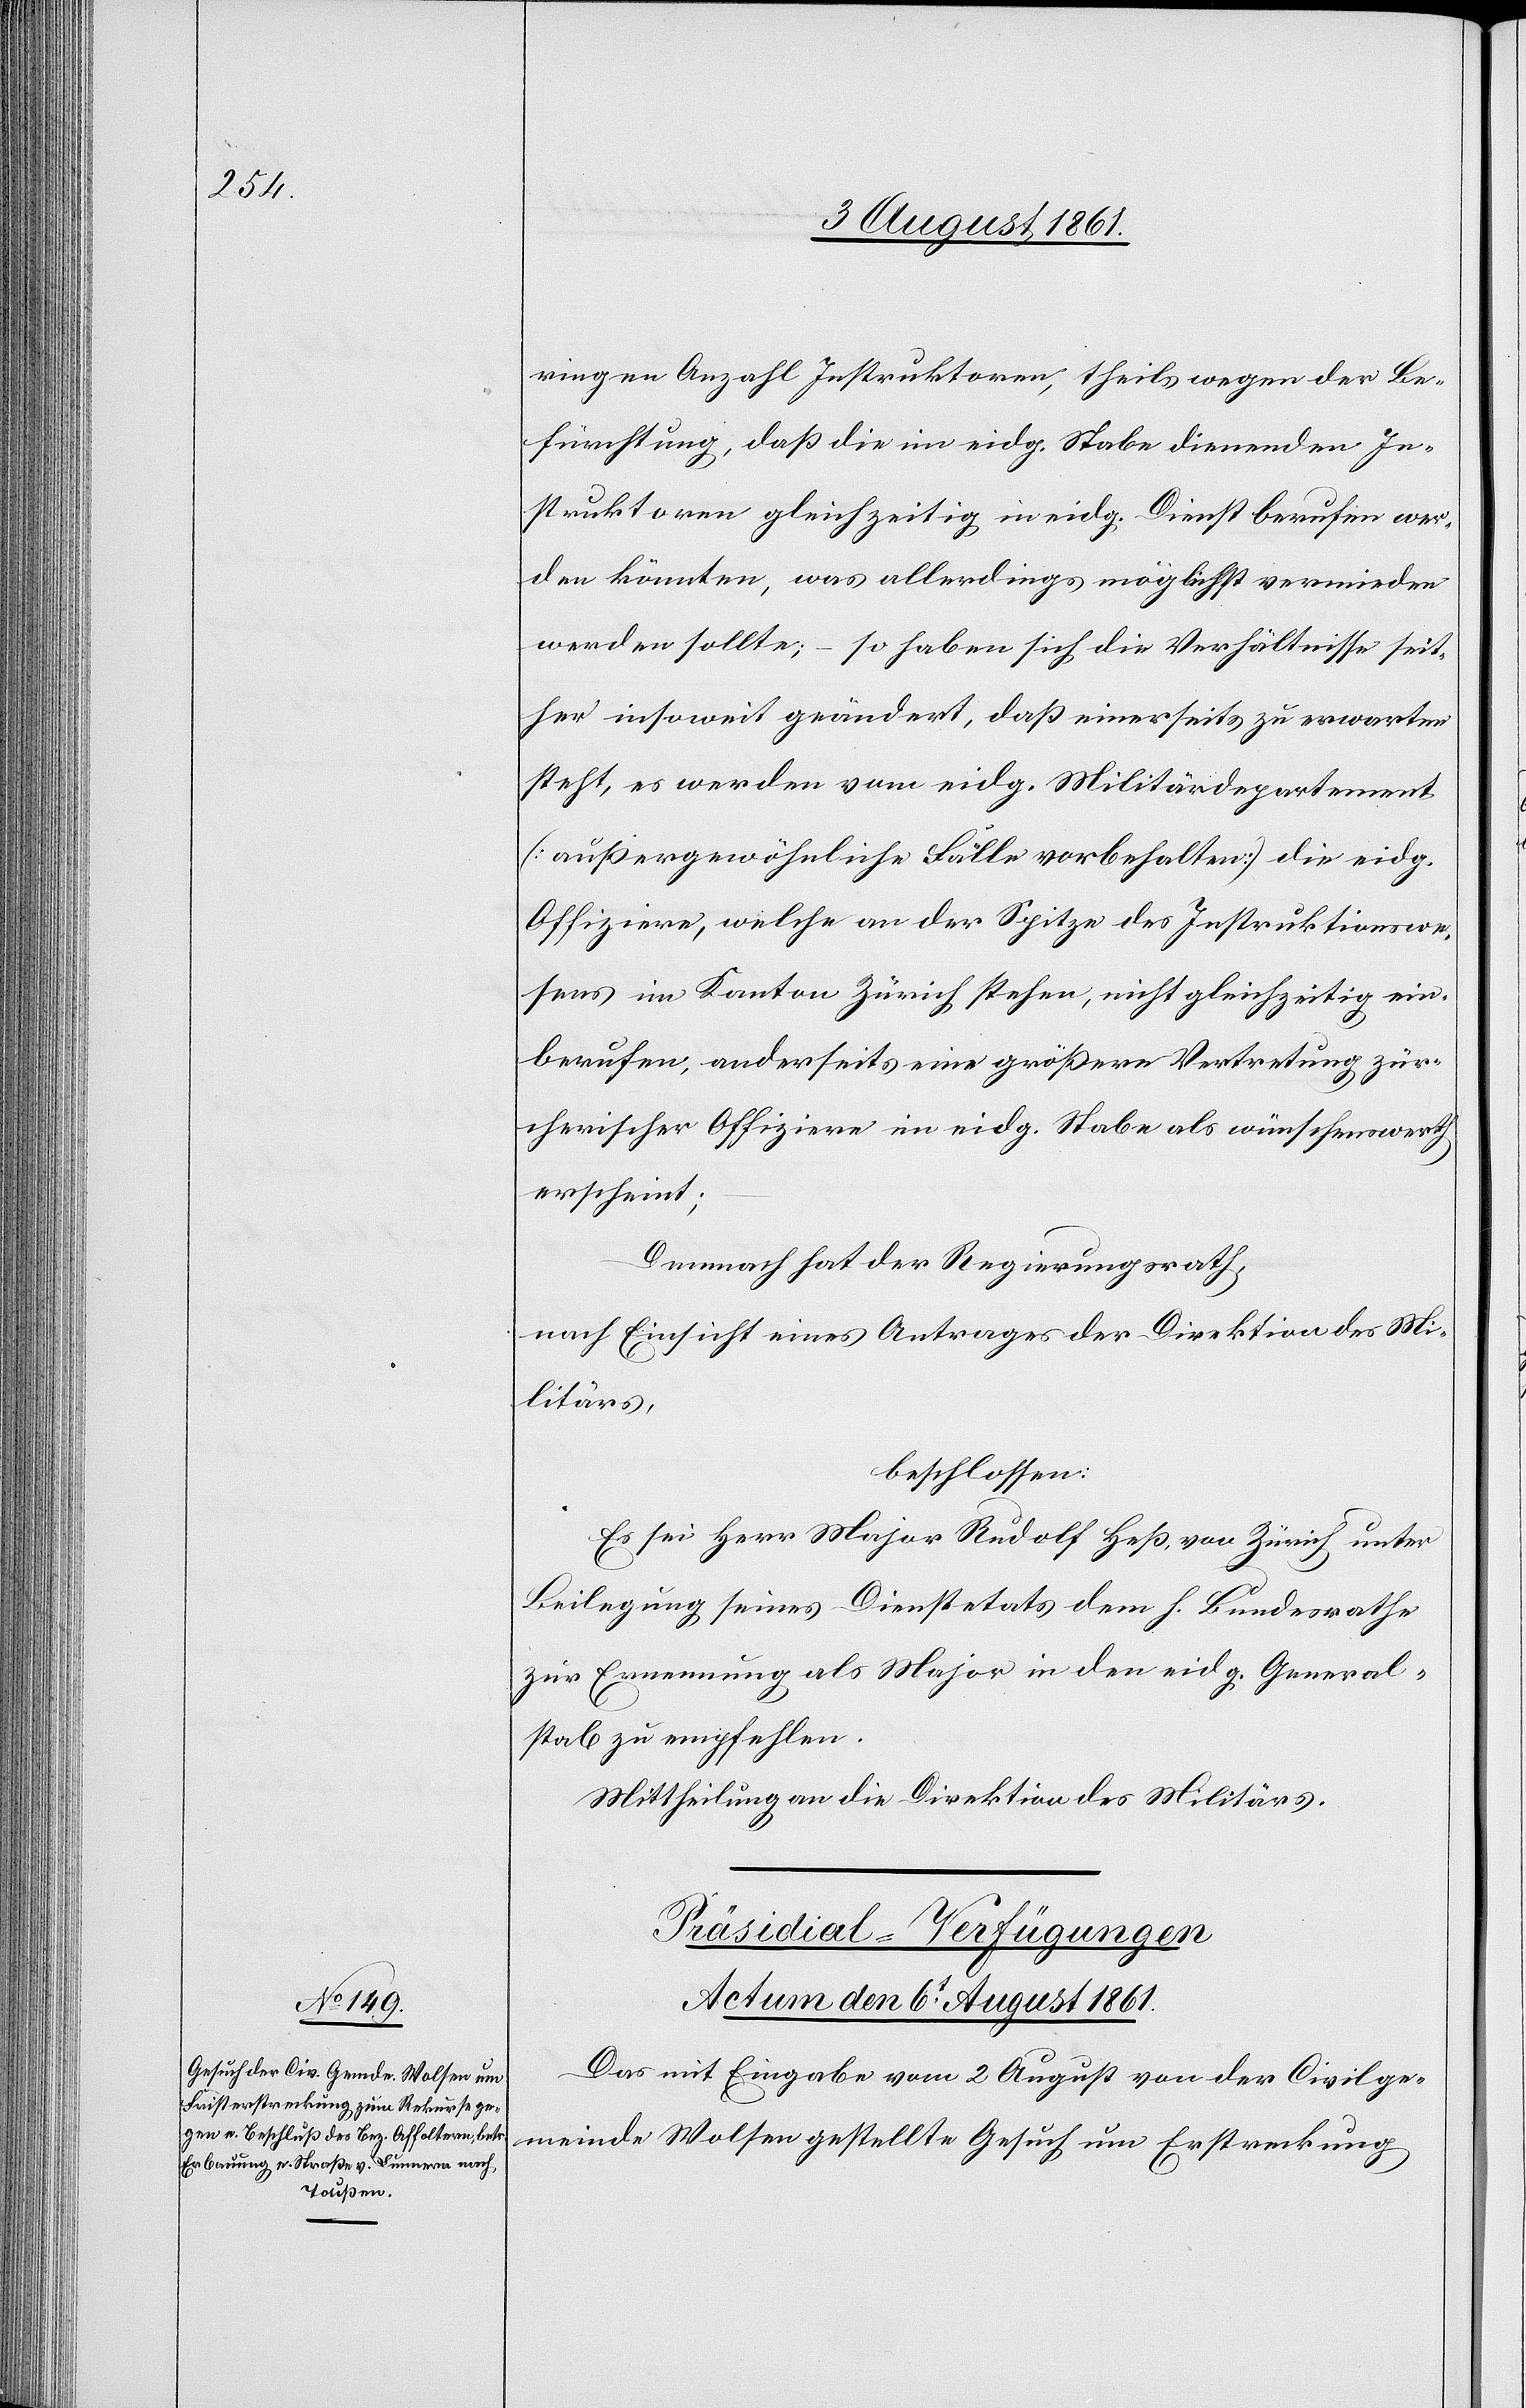
ringen Anzahl Instruktoren, theils wegen der Be¬
fürchtung, daß die im eidg. Stabe dienenden In¬
struktoren gleichzeitig in eidg. Dienst berufen wer¬
den könnten, was allerdings möglichst vermieden
werden sollte; – so haben sich die Verhältnisse seit¬
her insoweit geändert, daß einerseits zu erwarten
steht, es werden vom eidg. Militärdepartement
(außergewöhnliche Fälle vorbehalten) die eidg.
Offiziere, welche an der Spitze des Instruktionswe¬
sens im Kanton Zürich stehen, nicht gleichzeitig ein¬
berufen, anderseits eine größere Vertretung zür¬
cherischer Offiziere im eidg. Stabe als wünschenswerth
erscheint:
Demnach hat der Regierungsrath,
nach Einsicht eines Antrages der Direktion des Mi¬
litärs,
beschlossen:
Es sei Herr Major Rudolf Heß, von Zürich unter
Beilegung seines Dienstetats dem h. Bundesrathe
zur Ernennung als Major in den eidg. General¬
stab zu empfehlen.
Mittheilung an die Direktion des Militärs.
Präsidial-Verfügungen.
Actum den 6t August 1861.
Das mit Eingabe vom 2 August von der Civilge¬
meinde Wolsen gestellte Gesuch um Erstreckung